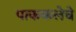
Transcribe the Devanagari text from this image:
पाककलेचे